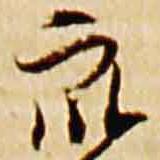
衆